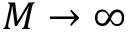
M \rightarrow \infty